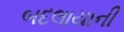
બદલાયાની